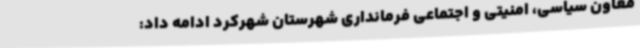
معاون سیاسی، امنیتی و اجتماعی فرمانداری شهرستان شهرکرد ادامه داد: